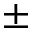
\pm